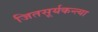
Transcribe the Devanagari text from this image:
जितसूर्यकन्त्या